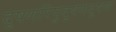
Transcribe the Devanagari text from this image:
दूषणरिपुदूषणदूषण